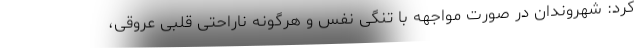
کرد: شهروندان در صورت مواجهه با تنگی نفس و هرگونه ناراحتی قلبی عروقی،